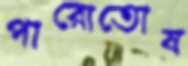
পারোতোষ